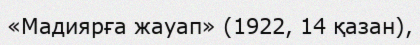
«Мадиярға жауап» (1922, 14 қазан),